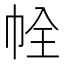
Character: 𢂘